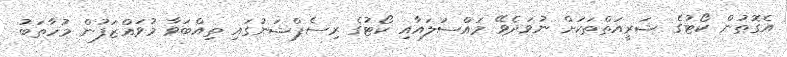
އެގޮތުން ކޯޓުގެ ޝަރީއަތްތަކަށް ނުވަދެވޭ މައްސަލައާއި ކޯޓުގެ ރިސެޕްޝަނުގައި ތިއްބަވާ މުވައްޒަފުން މުހާތަބު